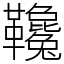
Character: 䪌